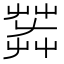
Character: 𦱠